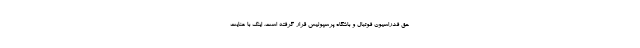
حق فدراسیون فوتبال و باشگاه پرسپولیس قرار گرفته است. اینک با عنایت